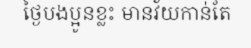
ថ្ងៃបងប្អូនខ្លះ មានវ័យកាន់តែ